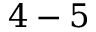
4 - 5